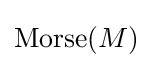
\operatorname {Morse} (M)